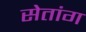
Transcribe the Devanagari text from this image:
सेतांग